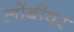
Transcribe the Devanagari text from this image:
लोंबीवर